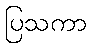
ပြသကာ